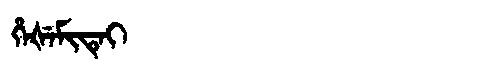
Manchu: ᡥᡝᡧᡝᠮᡳᡨᡝᡳ
Romanization: HEŠEMITEI